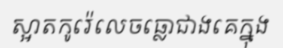
ស្អាតកូរ៉េលេចធ្លោជាងគេក្នុង